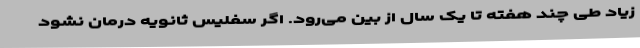
زیاد طی چند هفته تا یک سال از بین می‌رود. اگر سفلیس ثانویه درمان نشود